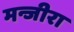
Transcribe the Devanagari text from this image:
मन्जीरा